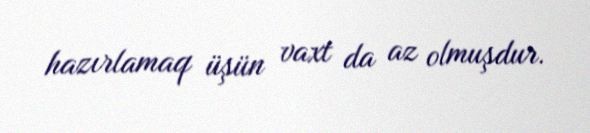
hazırlamaq üşün vaxt da az olmuşdur.